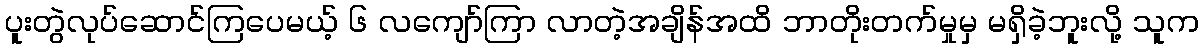
ပူးတွဲလုပ်ဆောင်ကြပေမယ့် ၆ လကျော်ကြာ လာတဲ့အချိန်အထိ ဘာတိုးတက်မှုမှ မရှိခဲ့ဘူးလို့ သူက